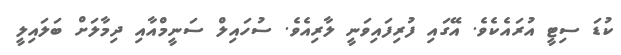
ކުޑަ ސިޓީ އުރައެކެވެ. އޭގައި ފުރިފައިވަނީ ލާރިއެވެ. ސުހައިލް ސަނީމްއާއި ދިމާލަށް ބަލައިލީ